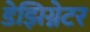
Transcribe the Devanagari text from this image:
डेझिग्नेटर